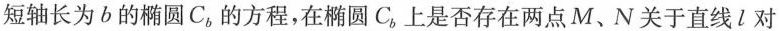
短轴长为b的椭圆C_{b}的方程，在椭圆C_{b}上是否存在两点M、N关于直线l对